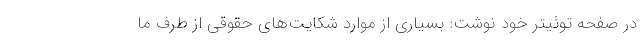
در صفحه توئیتر خود نوشت: بسیاری از موارد شکایت‌های حقوقی از طرف ما